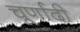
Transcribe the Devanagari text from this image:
चूर्णादी